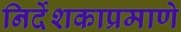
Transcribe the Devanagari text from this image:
निर्देशकाप्रमाणे